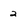
Character: 2